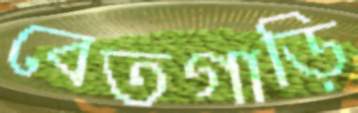
বেতগাড়ি